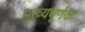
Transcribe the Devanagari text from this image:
मुख्यघूर्णक